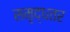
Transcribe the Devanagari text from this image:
समृद्धतर